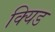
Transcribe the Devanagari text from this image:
क्यिड